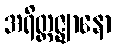
အရိတ္တဇ္ဈာနော